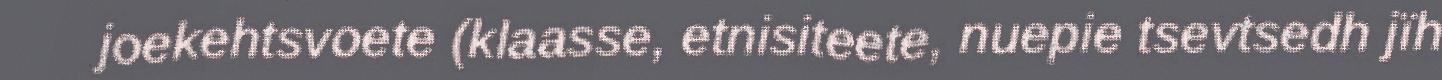
joekehtsvoete (klaasse, etnisiteete, nuepie tsevtsedh jïh